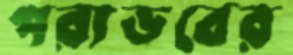
পরাভবের